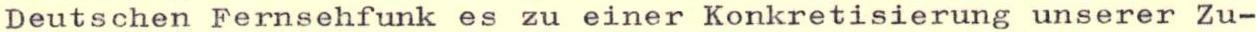
Deutschen Fernsehfunk es zu einer Konkretisierung unserer Zu-